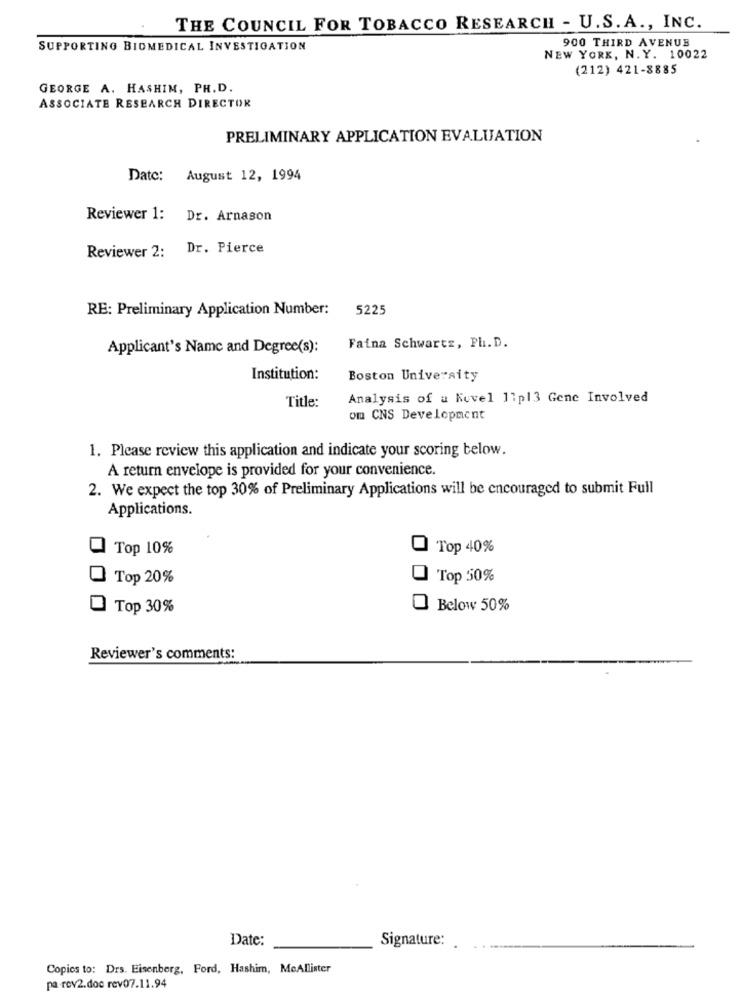
THE COUNCIL FOR TOBACCO RESEARCH - U.S. A ., INC.
900 THIRD AVENUE
SUPPORTING BIOMEDICAL INVESTIGATION
NEW YORK, N. Y. 10022
(212) 421-8885
GEORGE A. HASHIM, PH.D.
ASSOCIATE RESEARCH DIRECTOR
PRELIMINARY APPLICATION EVALUATION
Date: August 12, 1994
Reviewer 1:
Dr. Arnason
Dr. Pierce
Reviewer 2:
RE: Preliminary Application Number:
5225
Applicant's Name and Degree(s):
Faina Schwartz, Ph. D.
Institution:
Boston University
Title:
Analysis of a Kevel 11p13 Gene Involved
om CNS Development
1. Please review this application and indicate your scoring below.
A return envelope is provided for your convenience.
2. We expect the top 30% of Preliminary Applications will be encouraged to submit Full
Applications.
0 Top 10%
O Top 40%
Top 20%
0
Top 50%
Top 30%
Below 50%
Reviewer's comments:
Date:
Signature:
Copies to: Drs. Eisenberg, Ford, Hashim, MeAllister
pa-rev2.doc rev07.11.94